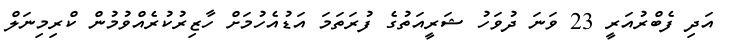
އަދި ފެބްރުއަރީ 23 ވަނަ ދުވަހު ޝަރީއަތުގެ ފުރަތަމަ އަޑުއެހުމަށް ހާޒިރުކުރެއްވުމުން ކްރިމިނަލް